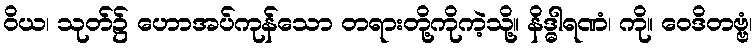
ဝိယ၊ သုတ်၌ ဟောအပ်ကုန်သော တရားတို့ကိုကဲ့သို့။ နိဒ္ဓါရဏံ၊ ကို။ ဝေဒိတဗ္ဗံ၊